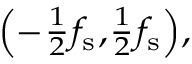
\scriptstyle \left( - { \frac { 1 } { 2 } } f _ { \mathrm { s } } , { \frac { 1 } { 2 } } f _ { \mathrm { s } } \right) ,